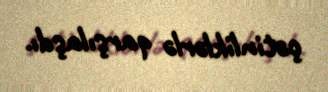
çətinliklərlə qarşılaşdı.